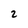
Character: 2